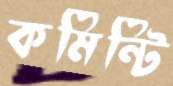
কমিন্টি